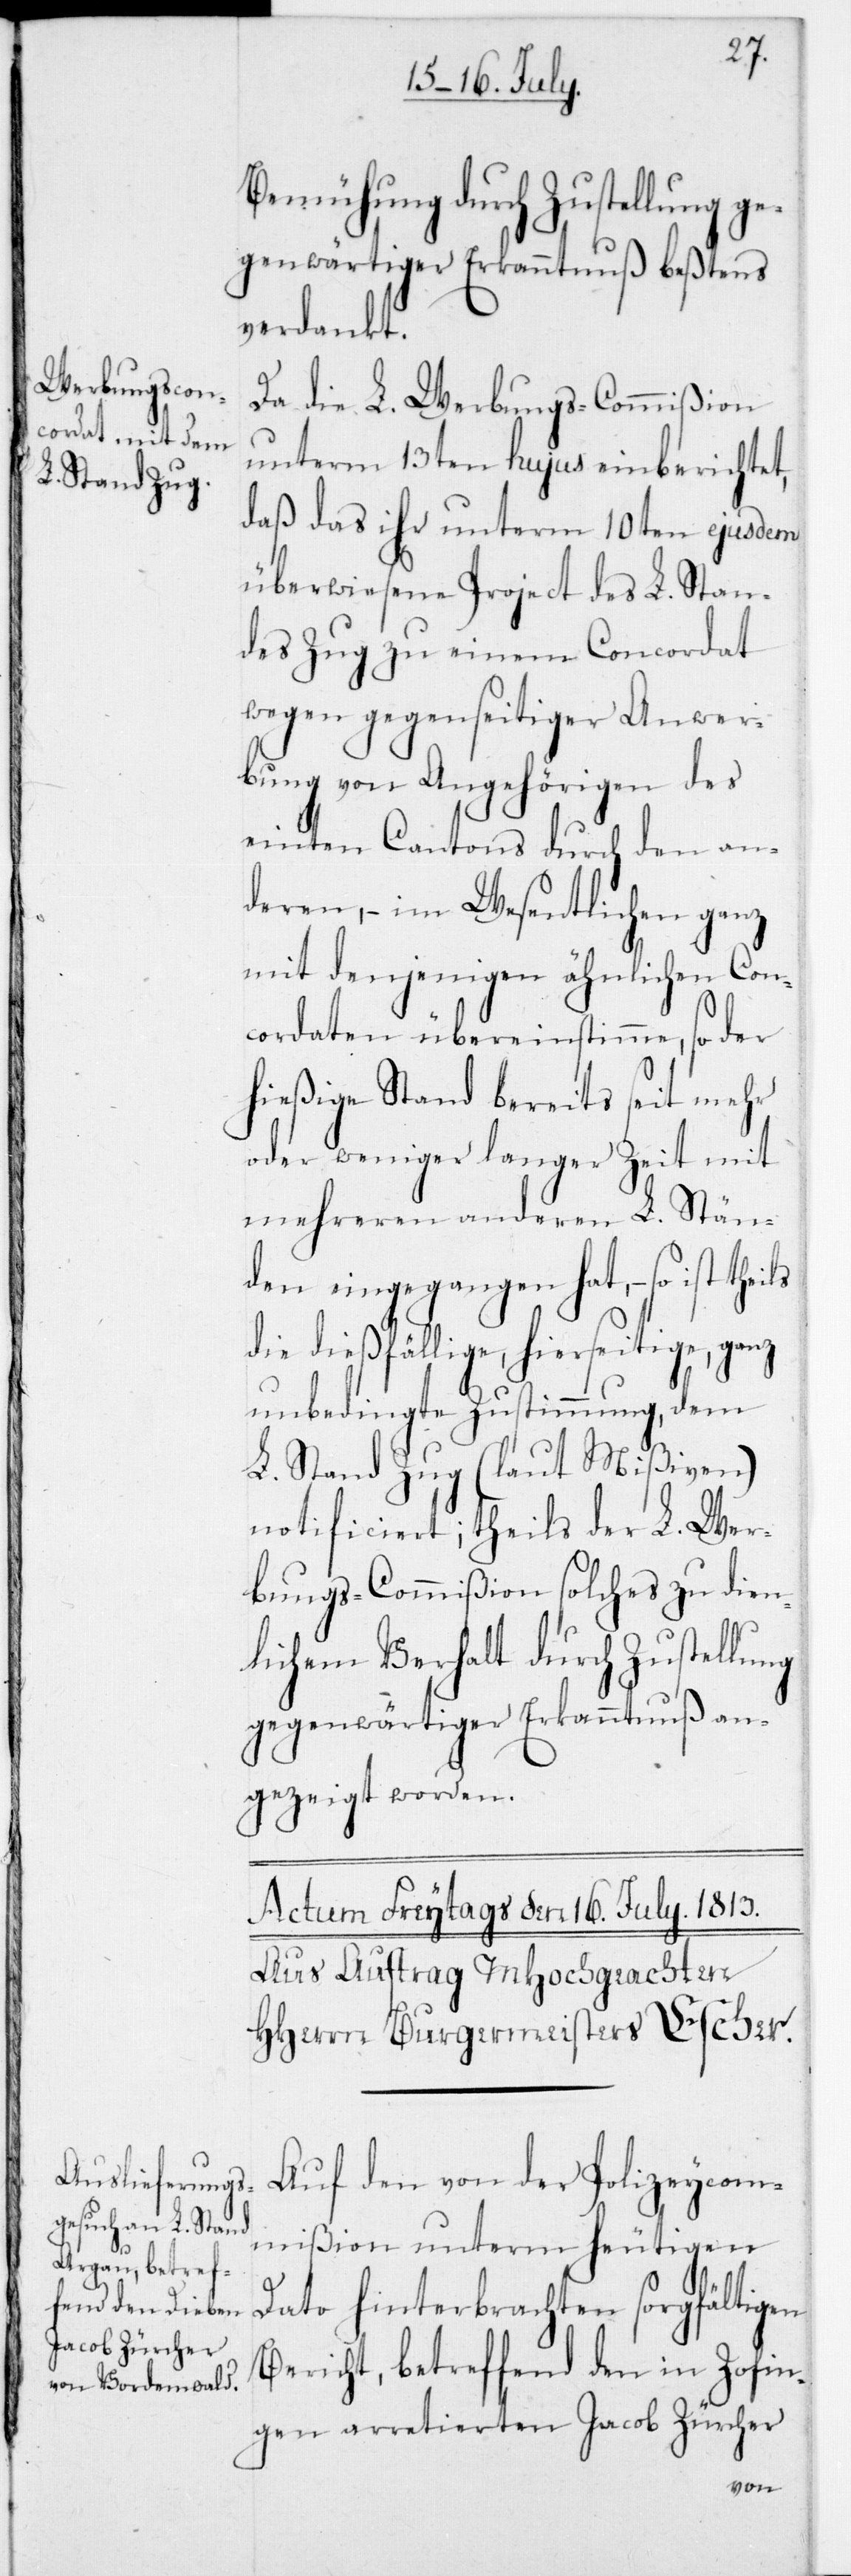
Bemühung durch Zustellung
gegenwärtiger Erkanntnuß beßtens
verdankt.
Da die L. WerbungsCommißion
unterm 13ten hujus einberichtet,
daß das ihr unterm 10ten ejusdem
überwiesene Project des L. Stan¬
des Zug zu einem Concordat
wegen gegenseitiger Anwer¬
bung von Angehörigen des
einten Cantons durch den an¬
deren, – im Wesentlichen ganz
mit denjenigen ähnlichen Con¬
cordaten übereinstimme, so der
hießigeStand bereits seit mehr
oder weniger langer Zeit mit
mehreren anderen L. Stän¬
den eingegangen hat, – so ist
die dießfällige, hierseitige, ganz
unbedingte Zustimmung dem
L. Stand Zug (laut Mißiven)
notificiert; theils der L. Wer¬
bungs-Commißion solches zu dien¬
lichem Verhalt durch Zustellung
gegenwärtiger Erkanntnuß an¬
gezeigt worden.
Auf den von der Polizeycom¬
mißion unterm heutigen
Dato hinterbrachten sorgfältigen
Bericht, betreffend den in Zofin¬
gen arretierten Jacob Zürcher